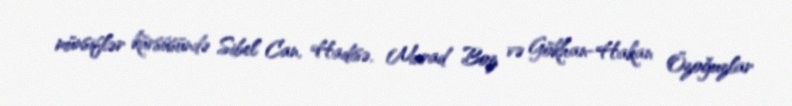
münsiflər kürsüsündə Sibel Can, Hadisə, Murad Boz və Gökhan-Hakan Özoğuzlar